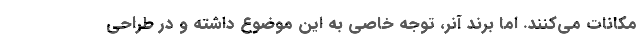
مکانات می‌کنند. اما برند آنر، توجه خاصی به این موضوع داشته و در طراحی